Vaccine operations Central Provinces & Berar 1922-1929 - 1922-1929
Year: 1922
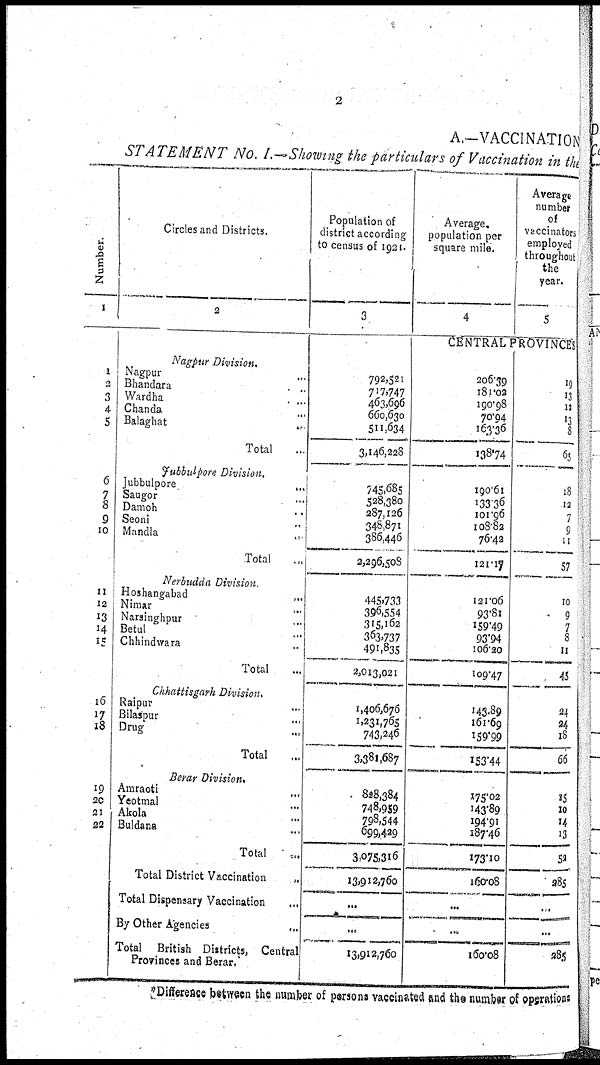
2
A.—VACCINATION
STATEMENT No. I.—Showing the particulars of Vaccination in the
Number.
1
1
2
3
4
5
6
7
8
9
10
11
12
13
14
15
16
17
18
19
20
21
22
Circles and Districts.
2
Nagpur Division.
Nagpur ...
Bhandara
...
Wardha
...
Chanda ...
Balaghat ...
Total ...
Jubbulpore Division.
Jubbulpore
...
Saugor ...
Damoh ...
Seoni
...
Mandla
...
Total ...
Nerbudda Division.
Hoshangabad ...
Nimar
...
Narsinghpur ...
Betul ...
Chhindwara ...
Total ...
Chhattisgarh Division.
Raipur ...
Bilaspur ...
Drug ...
Total ...
Berar Division.
Amraoti
...
Yeotmal ...
Akola ...
Buldana ...
Total ...
Total District Vaccination
...
Total Dispensary Vaccination ...
By Other Agencies
...
Total British Districts, Central
Provinces and Berar.
Population of
district according
to census of 1921.
3
792,521
717,747
463,696
660,630
511,634
3,146,228
745,685
528,380
287,126
348,871
386,446
2,296,508
445,733
396,554
315,162
363,737
491,835
2,013,021
1,406,676
1,231,765
743,246
3,381,687
828,384
748,959
798,544
699,429
3,075,316
13,912,760
...
...
13,912,760
Average.
population per
square mile.
4
Average
number
of
vaccinators
employed
throughout
the
year.
5
CENTRAL PROVINCES
206.39
181.02
190.98
70.94
163.36
138.74
190.61
133.36
101.96
108.82
76.42
121.17
121.06
93.81
159.49
93.94
106.20
109.47
143.89
161.69
159.99
153.44
175.02
143.89
194.91
187.46
173.10
160.08
...
...
160.08
19
13
12
13
8
65
18
12
7
9
11
57
10
9
7
8
11
45
24
24
18
66
15
10
14
13
52
285
...
285
*Differeace between the number of persons vaccinated and the number of operations